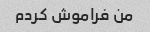
من فراموش کردم